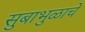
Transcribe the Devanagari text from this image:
सुबाभुळाचे